Civil Veterinary Dept. Bombay admin report 1932-41 - 1932-1941
Year: 1932
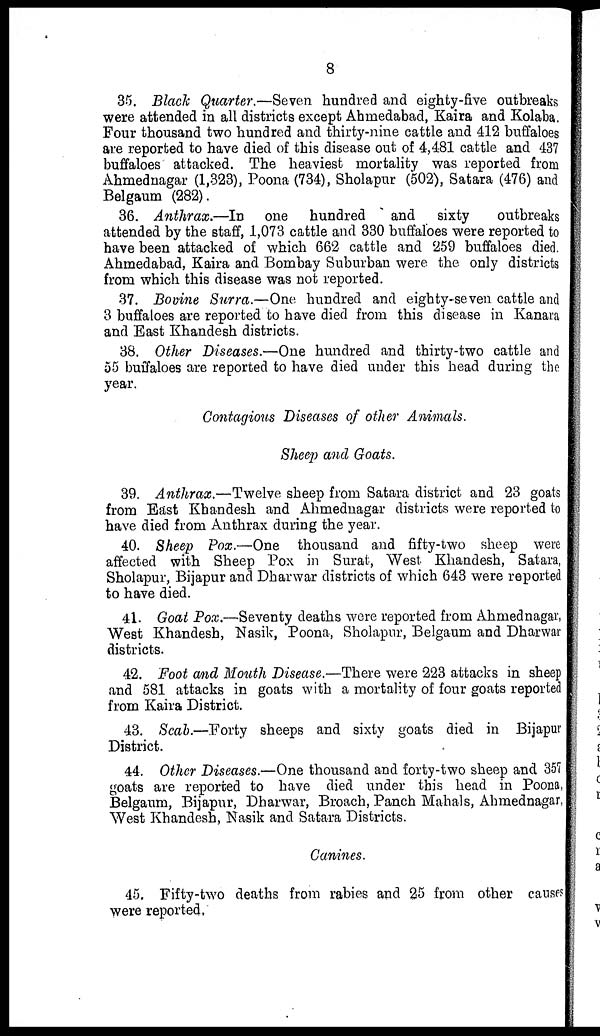
8
35. Black Quarter.—Seven hundred and eighty-five outbreaks
were attended in all districts except Ahmedabad, Kaira and Kolaba.
Four thousand two hundred and thirty-nine cattle and 412 buffaloes
are reported to have died of this disease out of 4,481 cattle and 437
buffaloes attacked. The heaviest mortality was reported from
Ahmednagar (1,323), Poona (734), Sholapur (502), Satara (476) and
Belgaum (282).
36. Anthrax.—In
one hundred
and
sixty
outbreaks
attended by the staff, 1,073 cattle and 330 buffaloes were reported to
have been attacked of which 662 cattle and 259 buffaloes died.
Ahmedabad, Kaira and Bombay Suburban were the only districts
from which this disease was not reported.
37. Bovine Surra.—One hundred and eighty-seven cattle and
3 buffaloes are reported to have died from this disease in Kanara
and East Khandesh districts.
38. Other Diseases.—One hundred and thirty-two cattle and
55 buffaloes are reported to have died under this head during the
year.
Contagious Diseases of other Animals.
Sheep and Goats.
39. Anthrax.—Twelve sheep from Satara district and 23 goats
from East Khandesh and Ahmednagar districts were reported to
have died from Anthrax during the year.
40. Sheep Pox.—One thousand and fifty-two sheep were
affected with Sheep Pox in Surat, West Khandesh, Satara,
Sholapur, Bijapur and Dharwar districts of which 643 were reported
to have died.
41. Goat Pox.—Seventy deaths were reported from Ahmednagar,
West Khandesh, Nasik, Poona, Sholapur, Belgaum and Dharwar
districts.
42. Foot and Mouth Disease.—There were 223 attacks in sheep
and 581 attacks in goats with a mortality of four goats reported
from Kaira District.
43. Scab.—Forty sheeps and sixty goats died in Bijapur
District.
44. Other Diseases.—One thousand and forty-two sheep and 357
goats are reported to have died under this head in Poona,
Belgaum, Bijapur, Dharwar, Broach, Panch Mahals, Ahmednagar,
West Khandesh, Nasik and Satara Districts.
Canines.
45. Fifty-two deaths from rabies and 25 from other causes
were reported,